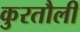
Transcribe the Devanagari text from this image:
कुरतौली